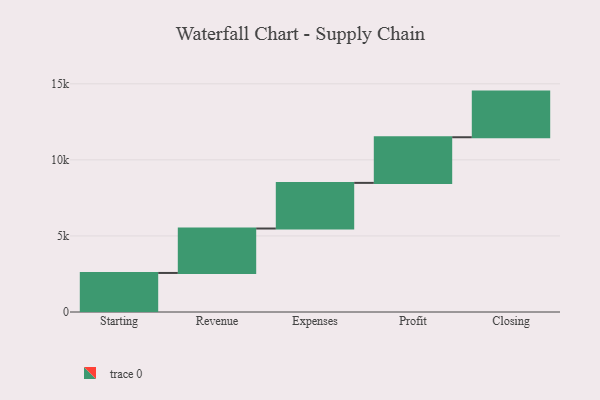
{"axis": {"x": "Step", "y": "Value"}, "legend": [""], "data": [{"x": "Starting", "y": 2567.0, "type": ""}, {"x": "Revenue", "y": 2921.0, "type": ""}, {"x": "Expenses", "y": 3000, "type": ""}, {"x": "Profit", "y": 3000, "type": ""}, {"x": "Closing", "y": 3000, "type": ""}]}